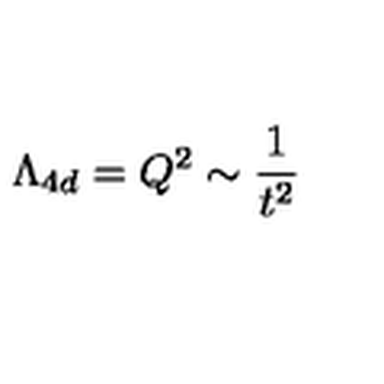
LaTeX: \Lambda _ { 4 d } = Q ^ { 2 } \sim \frac { 1 } { t ^ { 2 } }